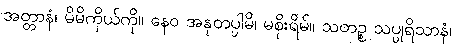
အတ္တာနံ၊ မိမိကိုယ်ကို။ နေဝ အနုတပ္ပါမိ၊ မစိုးရိမ်။ သတဉ္စ သပ္ပုရိသာနံ၊